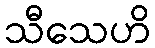
သီသေဟိ